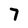
Character: 7